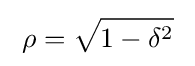
\;\rho ={\sqrt {1-\delta ^{2}}}\;